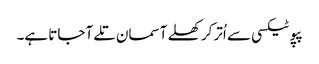
پپو ٹیکسی سے اُتر کر کھلے آسمان تلے آ جاتا ہے۔